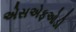
એસએફઓડી